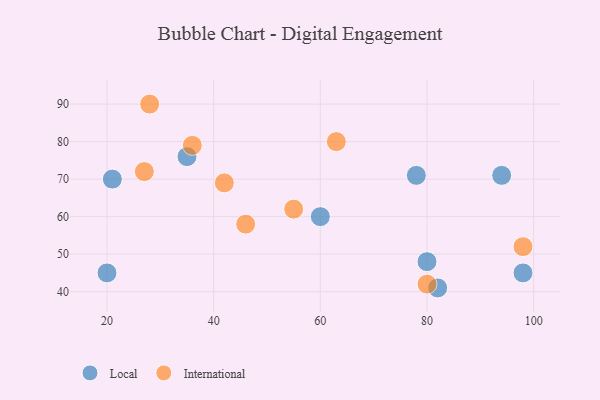
{"axis": {"x": "GDP", "y": "Life Expectancy"}, "legend": ["International", "Local"], "data": [{"x": "82", "y": 41, "type": "Local"}, {"x": "78", "y": 71, "type": "Local"}, {"x": "98", "y": 45, "type": "Local"}, {"x": "80", "y": 48, "type": "Local"}, {"x": "35", "y": 76, "type": "Local"}, {"x": "21", "y": 70, "type": "Local"}, {"x": "94", "y": 71, "type": "Local"}, {"x": "60", "y": 60, "type": "Local"}, {"x": "20", "y": 45, "type": "Local"}, {"x": "63", "y": 80, "type": "International"}, {"x": "46", "y": 58, "type": "International"}, {"x": "80", "y": 42, "type": "International"}, {"x": "42", "y": 69, "type": "International"}, {"x": "98", "y": 52, "type": "International"}, {"x": "36", "y": 79, "type": "International"}, {"x": "55", "y": 62, "type": "International"}, {"x": "28", "y": 90, "type": "International"}, {"x": "27", "y": 72, "type": "International"}]}